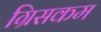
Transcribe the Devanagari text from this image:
ग्रिसकम